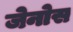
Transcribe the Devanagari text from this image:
जेनोस